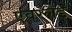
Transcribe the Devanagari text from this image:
एवरलैंड